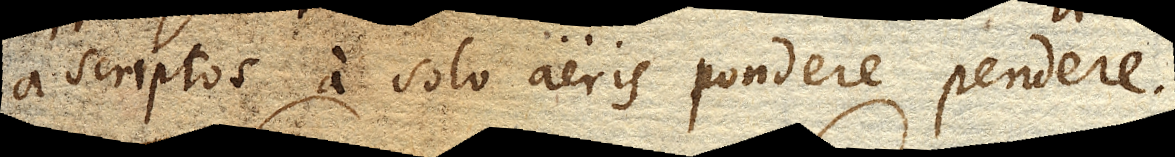
ascriptos a solo aeris pondere pendere.